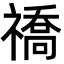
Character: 𬓚